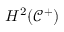
H ^ { 2 } ( \mathcal { C } ^ { + } )